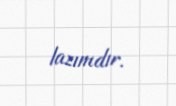
lazımdır.